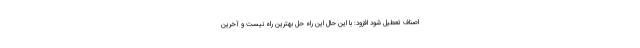
اصناف تعطیل شود افزود: با این حال این راه حل بهترین راه نیست و آخرین